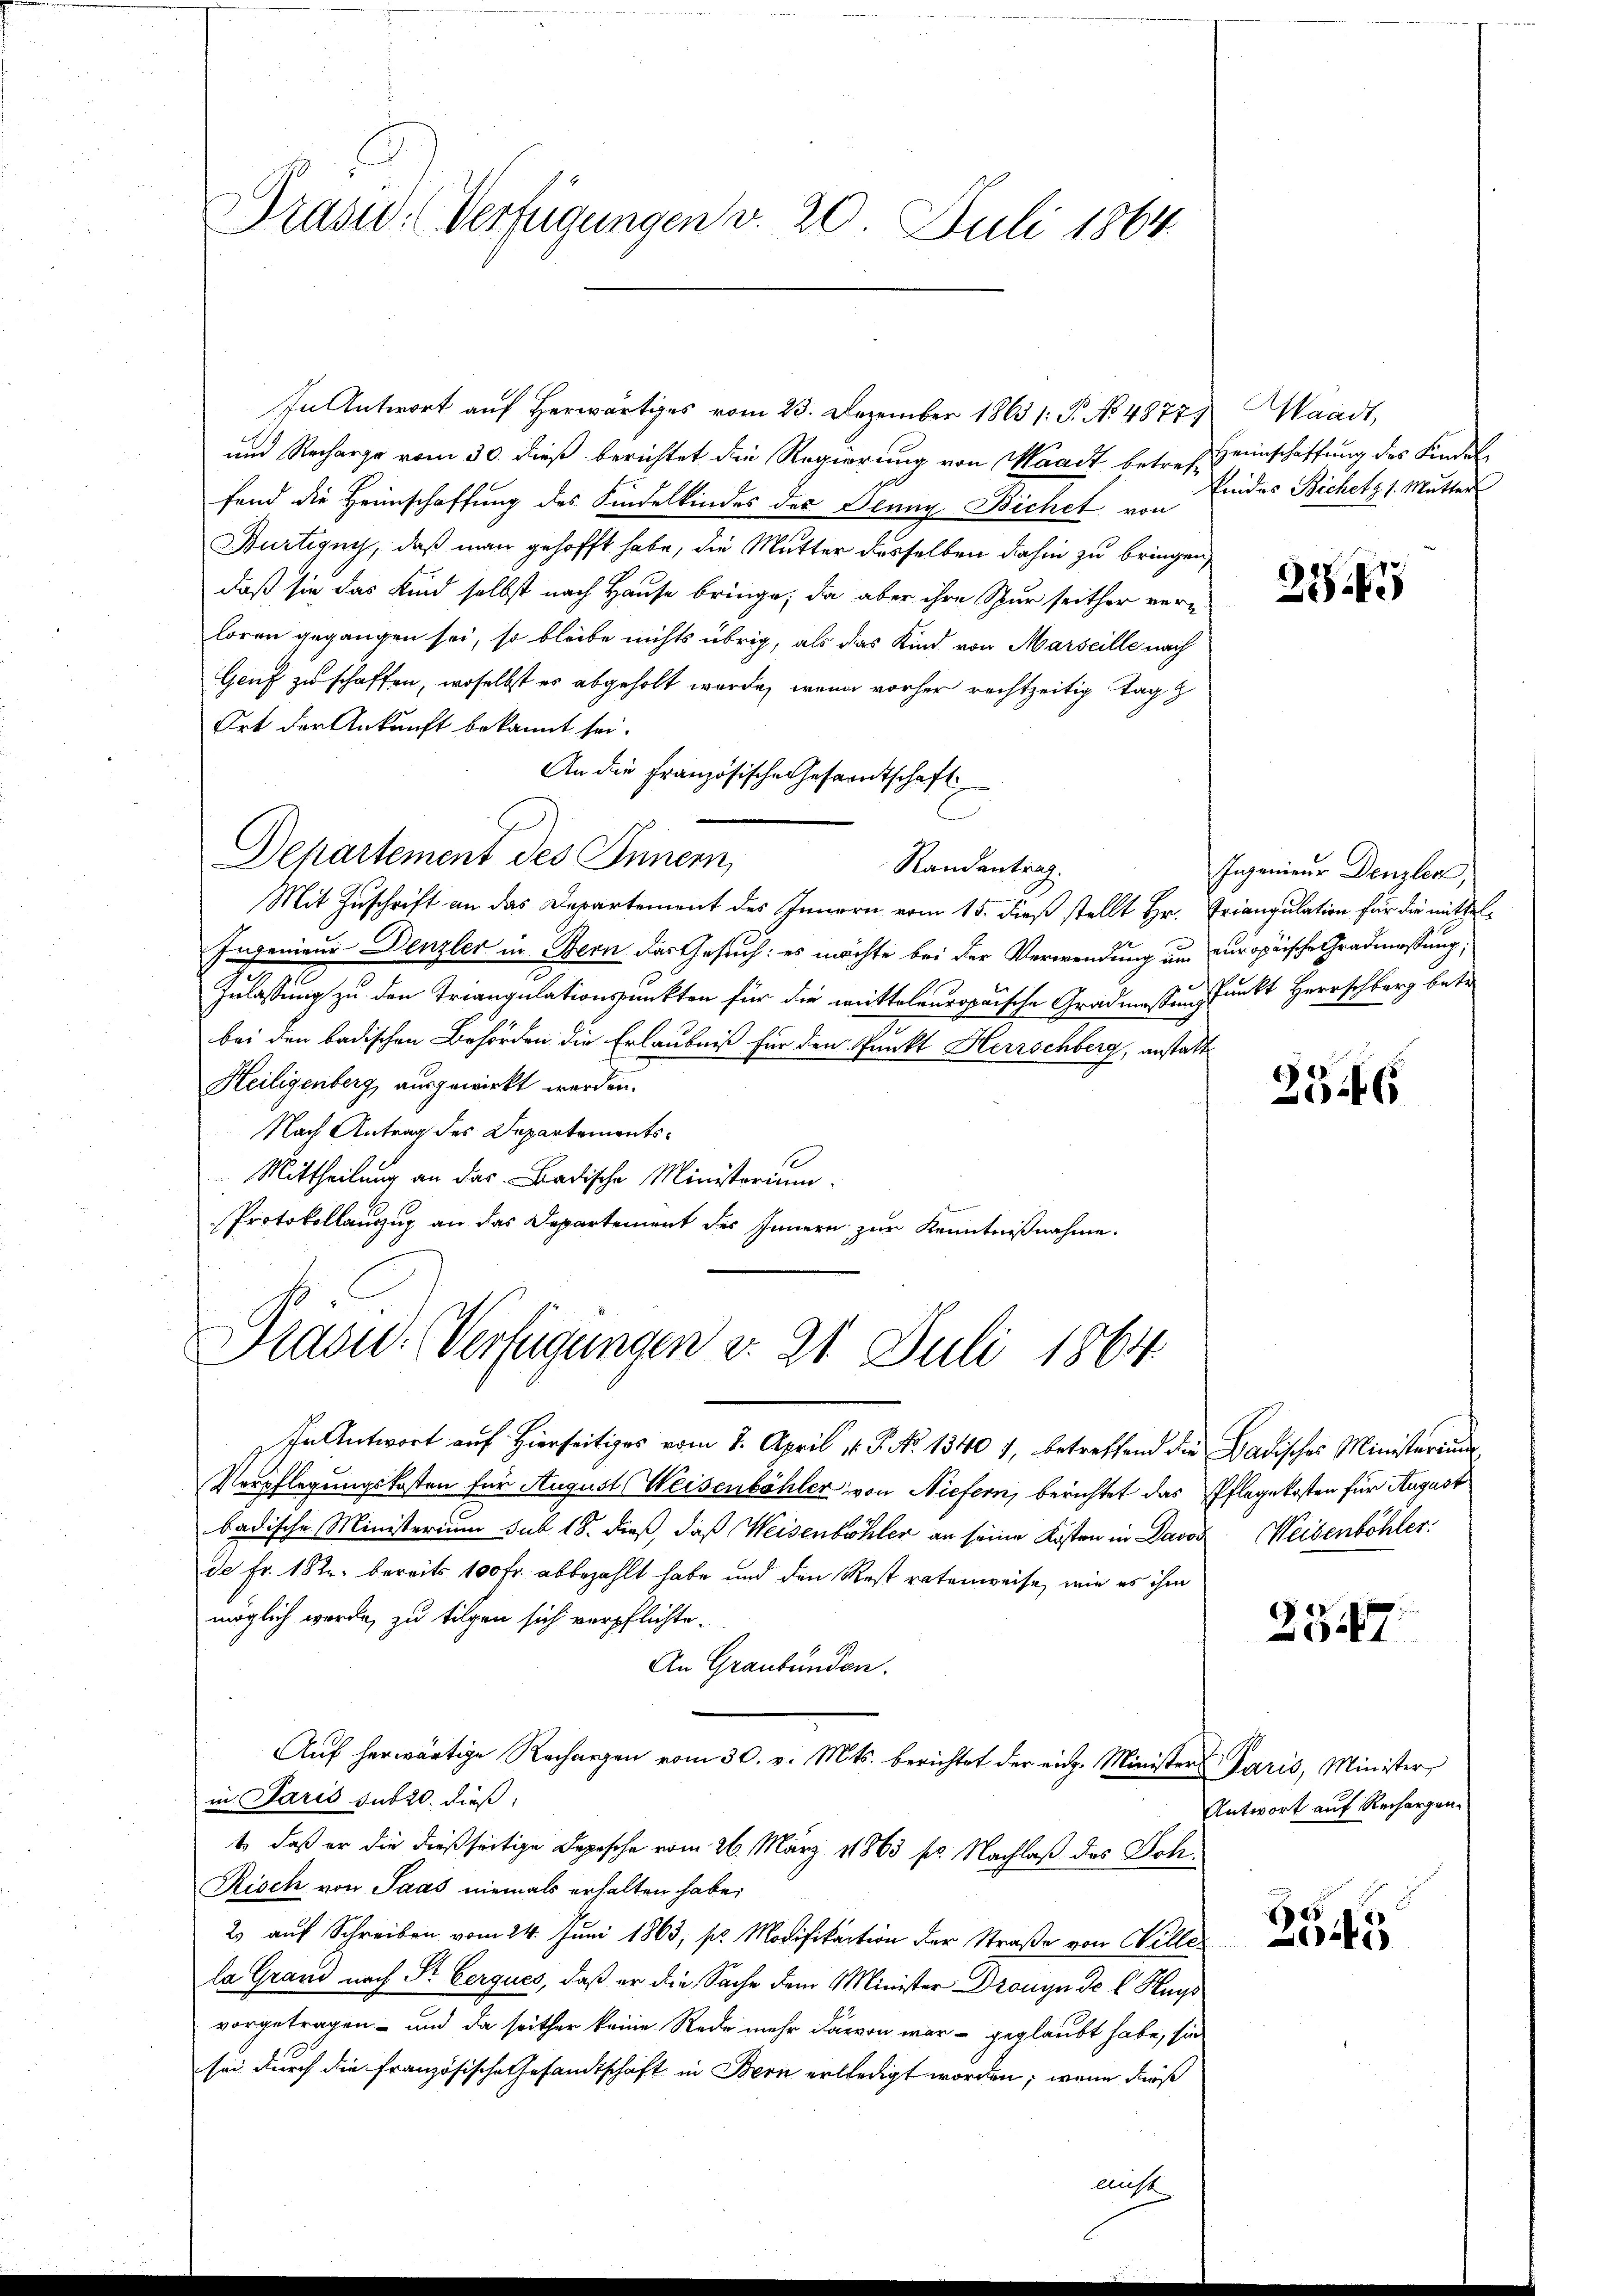
Präsid. Verfügungen v. 20. Juli 1864.

In Antwort auf herwärtiges vom 23. Dezember 1863 /: P. No 4877) Waadt,
und Recharge vom 30. dieß berichtet die Regierung von Waadt betreff seinschaffung des Kindelfand die Heimschaffung des Kindelkindes des Jenny Bichet von Eides Bichetz 1. Mutter
Bürtigny, daß man gehofft habe, die Mutter desselben dahin zu bringen,
daß sie das Kind selbst nach Hause bringe, da aber ihre Spur seither verloren gegangen sei, so bleibe nichts übrig, als das Kind von Marseille nach
Genf zu schaffen, woselbst es abgeholt wurde, wenn vorher rechtzeitig Tag z
Ort der Ankunft bekannt sei.
An die Französische Gesantschaft
Departement des Innern,
Randentrag.
Mit Zuschrift an das Departement des Innern vom 15. dieß stellt Hr. Triangulation für die mittel¬
Ingenieur Denzler in Bern das Gesuch: es möchte bei der Verwendung um europäische Gradmassung;
Zulassung zu den Triangulationspunkten für die mitteleuropaische Gradmassen Punkt Herrschberg betr
bei den badischen Behörden die Erlaubniß für den Pankt Herrschberg, anstatt
Heiligenberg, ausgewirkt werden.
Nach Antrag des Departements¬
Mittheilung an das Badische Ministerium.
Protokollauszug an das Departement des Innern zur Kenntnißnahme.

Präsid. Verfügungen v. 21. Juli 1864

In Antwort auf hierseitiges vom 2. April 18. No 1340 1, betreffend die Badisches Ministerium
Verpflegungskosten für August Weisenbähler von Niefern, berichtet das Pflegekosten für August
badische Ministerium sub 18. dieß, daß Weisenbohler an seine Kosten in Davon Weisenböhler
de Fr. 182. bereits 100 Fr. abbezahlt habe und den Rest ratenweise, wie es ihm
möglich werde, zu tilgen sich verpflichte.
An Graubünden.
Aŭf herwärtige Rechargen vom 30. v. Mts. berichtet der eidg. Minister Paris, Minister
in Paris sub 20. dieß,
t, daß er die dießseitige Depesche vom 26. März 1863 pr. Nachlaß des Joh
Risch von Saas niemals erhalten habe.
2 auf Schreiben vom 24. Juni 1863; pr. Modifikation der Straße von Willela Grand nach Sr Eerques, daß er die Sache dem Minister Dronyn de l. Hags
vorgetragen – und da seither keine Rede mehr darvon war - geglaubt habe, sie
sei durch die französische Gesandtschaft in Bern erledigt worden; wenn diese
nicht

23

Ingenieur Denzler,

2546

e
37

Antwort auf Rechargen.

2545